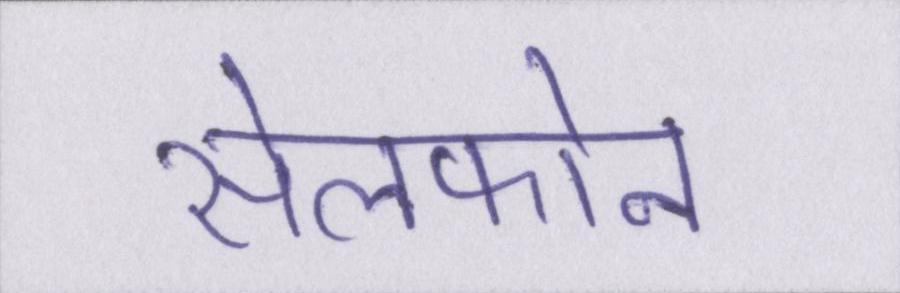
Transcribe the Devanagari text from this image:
सेलफोन